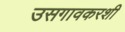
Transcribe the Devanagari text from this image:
उसगावकरशी